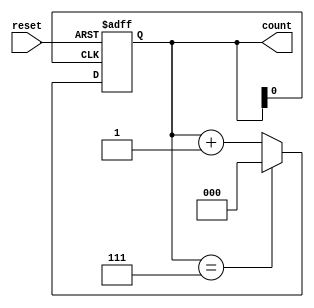
module mod_n_asynchronous_counter (
    input wire reset,         // Asynchronous reset input
    output reg [2:0] count   // 3-bit output representing the counter state (for N=8)
);

// Asynchronous counter logic
always @(posedge count[0] or posedge reset) begin
    if (reset) begin
        count <= 3'b000;   // Reset counter to 0
    end else begin
        if (count == 3'b111) // Check if count reached N-1 (7 for Mod-8)
            count <= 3'b000; // Wrap around to 0
        else
            count <= count + 1; // Increment the counter
    end
end

endmodule